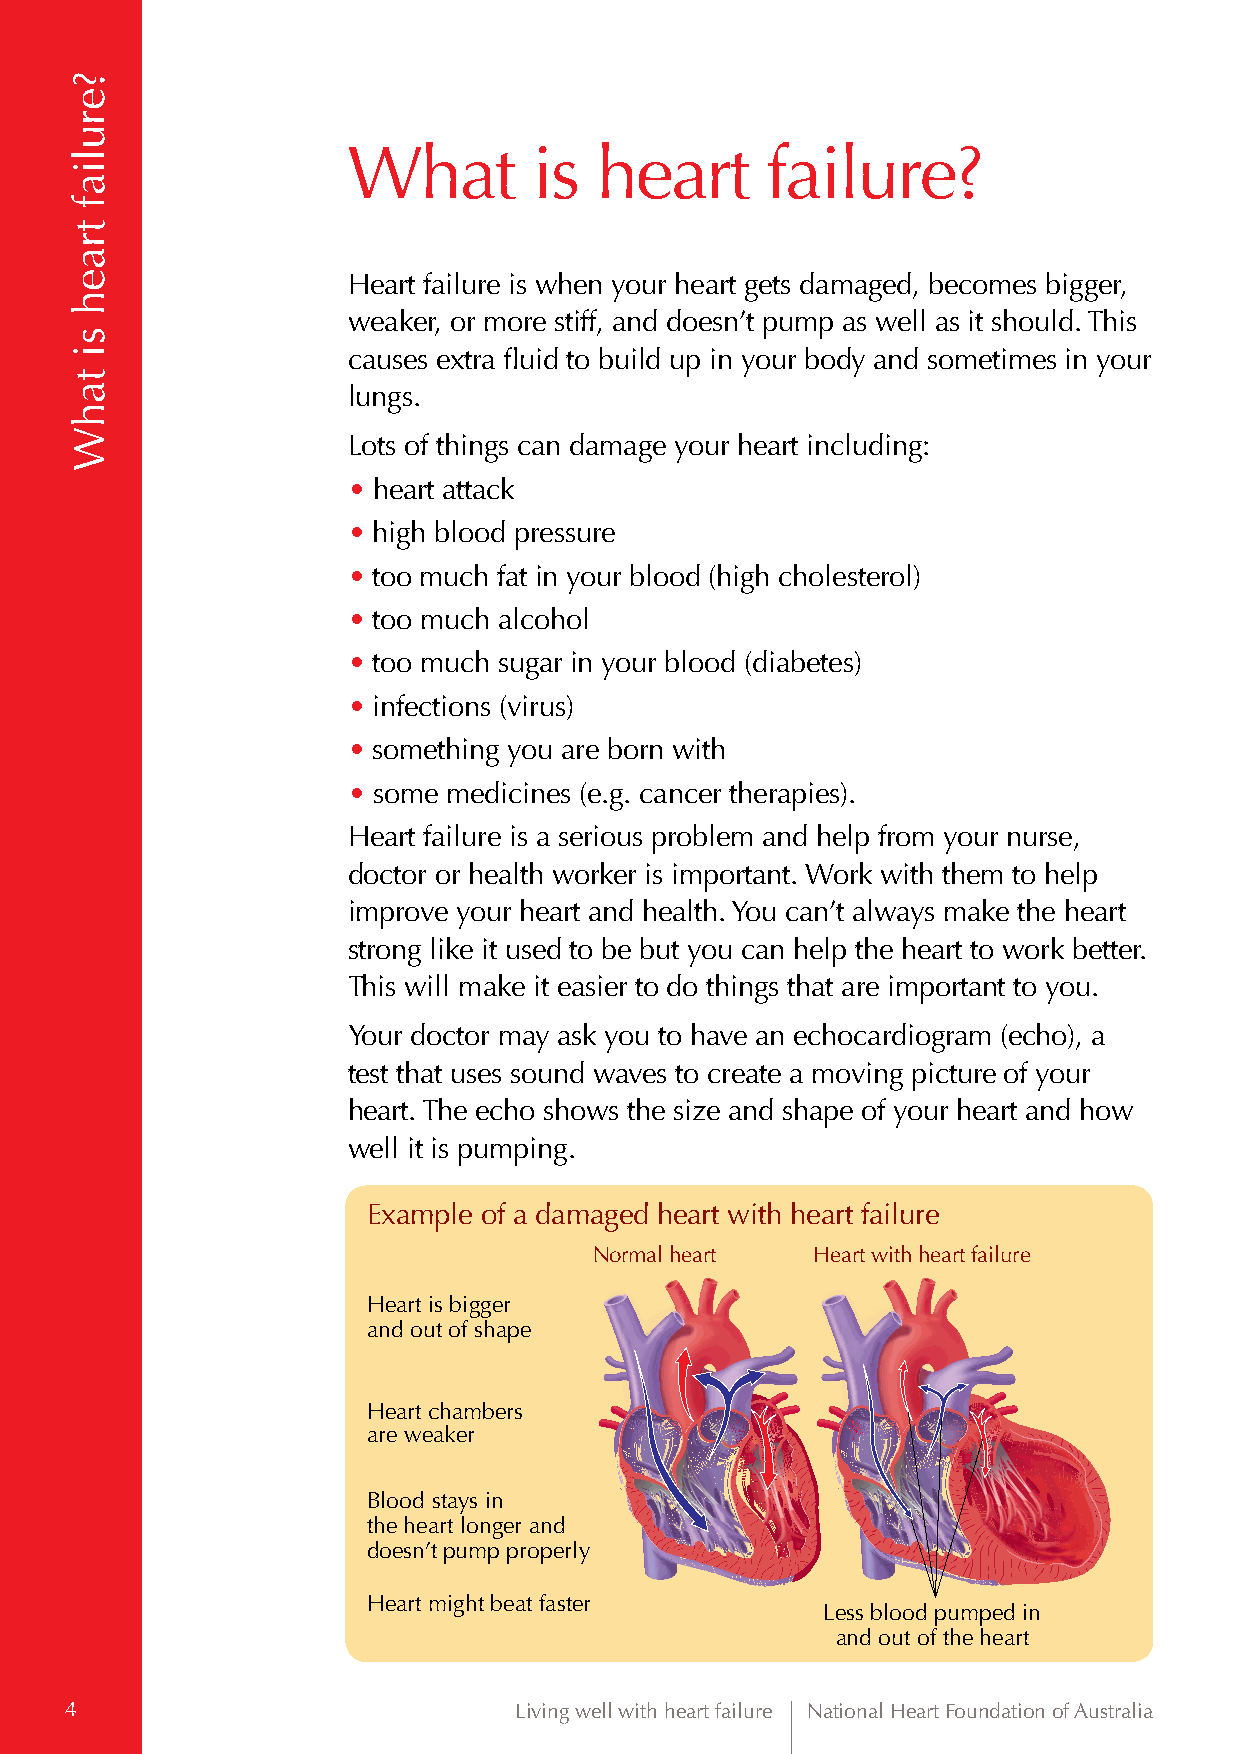
What        is  heart       failure?
 Heart failure is when your heart gets damaged, becomes bigger,
 weaker, or more stiff, and doesn’t pump as well as it should. This
 causes extra fluid to build up in your body and sometimes in your
 lungs.
 Lots of things can damage your heart including:
 • heart attack
 • high blood pressure
 • too much fat in your blood (high cholesterol)
 • too much alcohol
 • too much sugar in your blood (diabetes)
 • infections (virus)
 • something you are born with
 • some medicines (e.g. cancer therapies).
 Heart failure is a serious problem and help from your nurse,
 doctor or health worker is important. Work with them to help
 improve your heart and health. You can’t always make the heart
 strong like it used to be but you can help the heart to work better.
 This will make it easier to do things that are important to you.
 Your doctor may ask you to have an echocardiogram (echo), a
 test that uses sound waves to create a moving picture of your
 heart. The echo shows the size and shape of your heart and how
 well it is pumping.
 Example of a damaged heart with heart failure
 Normal heart   Heart with heart failure
 Heart is bigger
 and out of shape
 Heart chambers
 are weaker
 Blood stays in
 the heart longer and
 doesn’t pump properly
 Heart might beat faster
 Less bloLoesds pbluomodped in
 and pouumt poefd t hine ahnedart
 out of the heart
 4                             Living well with heart failure National Heart Foundation of Australia
 ?eruliaf
 traeh
 si
 tahW